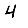
Digit: 4